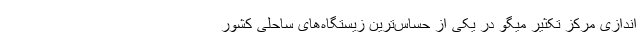
اندازی مرکز تکثیر میگو در یکی از حساس‌ترین زیستگاه‌های ساحلی کشور